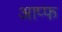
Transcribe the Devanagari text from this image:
आप्फ